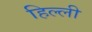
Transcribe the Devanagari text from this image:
हिल्ली